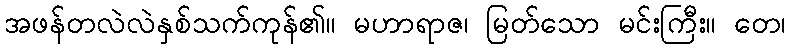
အဖန်တလဲလဲနှစ်သက်ကုန်၏။ မဟာရာဇ၊ မြတ်သော မင်းကြီး။ တေ၊